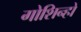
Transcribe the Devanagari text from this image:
गोशिन्हो